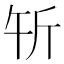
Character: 𰕝